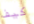
كيف